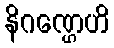
နိဂဏ္ဌေဟိ